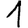
Digit: 1